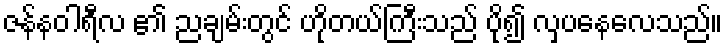
ဇန်နဝါရီလ ၏ ညချမ်းတွင် ဟိုတယ်ကြီးသည် ပို၍ လှပနေလေသည်။